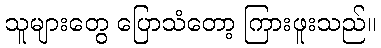
သူများတွေ ပြောသံတော့ ကြားဖူးသည်။